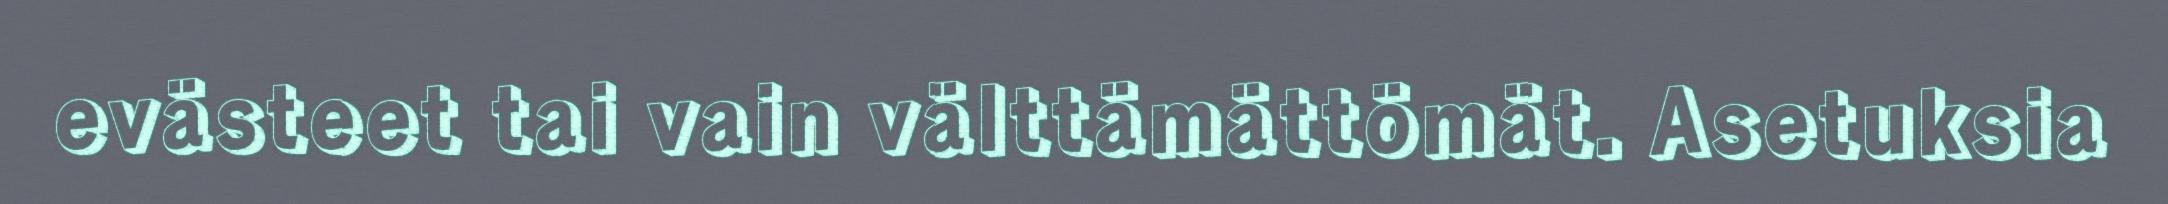
evästeet tai vain välttämättömät. Asetuksia